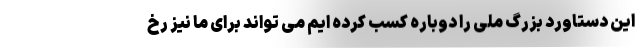
این دستاورد بزرگ ملی را دوباره کسب کرده ایم می تواند برای ما نیز رخ